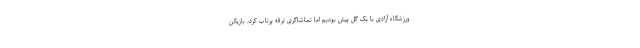
ورزشگاه آزادی با یک گل پیش بودیم اما تماشاگری ترقه پرتاب کرد، بازیکن